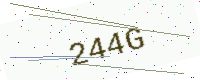
Text: 244G